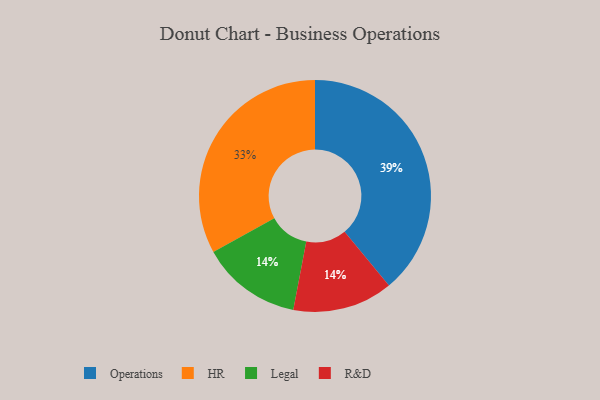
{"axis": {"x": "Category", "y": "Percentage"}, "legend": ["HR", "Legal", "Operations", "R&D"], "data": [{"x": "HR", "y": 33, "type": "HR"}, {"x": "Operations", "y": 39, "type": "Operations"}, {"x": "Legal", "y": 14, "type": "Legal"}, {"x": "R&D", "y": 14, "type": "R&D"}]}